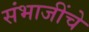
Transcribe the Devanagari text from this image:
संभाजींचे